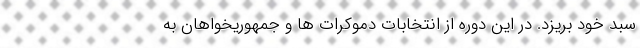
سبد خود بریزد. در این دوره از انتخابات دموکرات ها و جمهوریخواهان به